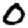
Digit: 0